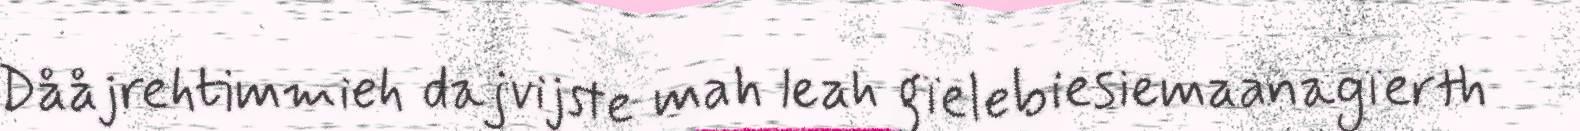
Dååjrehtimmieh dajvijste mah leah gïelebiesiemaanagïerth